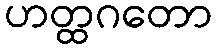
ဟတ္ထဂတော